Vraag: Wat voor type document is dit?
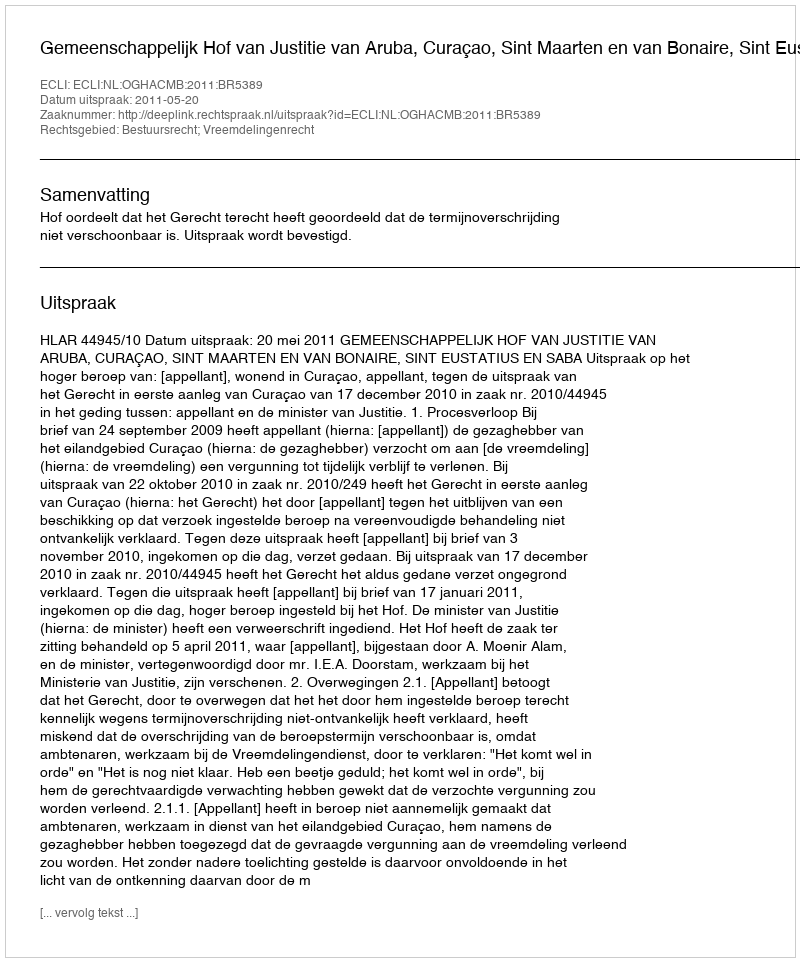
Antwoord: Uitspraak